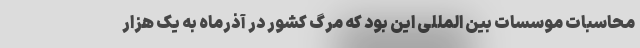
محاسبات موسسات بین المللی این بود که مرگ کشور در آذرماه به یک هزار